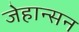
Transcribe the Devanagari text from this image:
जेहान्सन